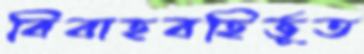
বিবাহবহির্ভূত